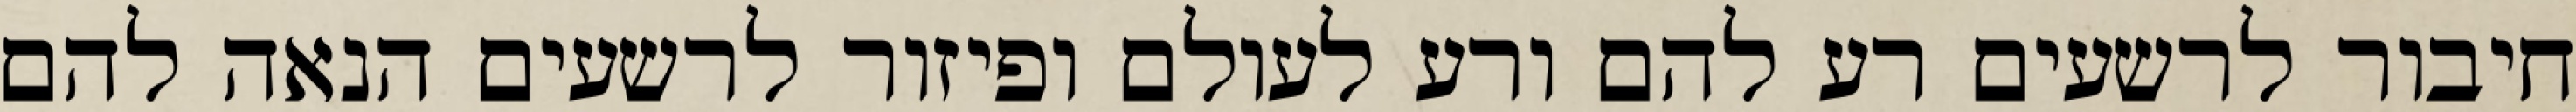
חיבור לרשעים רע להם ורע לעולם ופיזור לרשעים הנאה להם